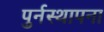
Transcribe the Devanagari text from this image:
पुर्नस्‍थापना